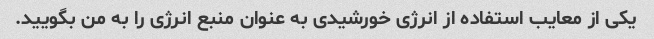
یکی از معایب استفاده از انرژی خورشیدی به عنوان منبع انرژی را به من بگویید.